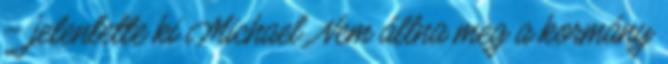
– jelentette ki Michael. Nem állna meg a kormány